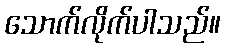
သောက်လိုက်ပါသည်။